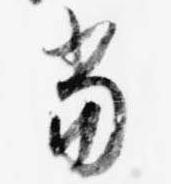
当